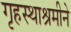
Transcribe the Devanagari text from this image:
गृहस्थाश्रमीने